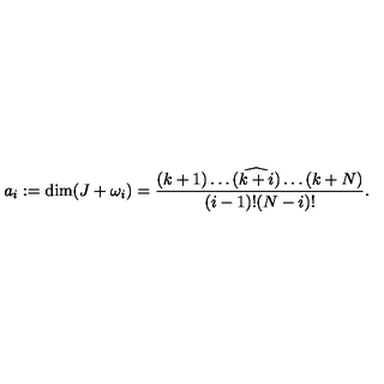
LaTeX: a _ { i } : = \dim ( J + \omega _ { i } ) = \frac { ( k + 1 ) \dots ( \widehat { k + i } ) \dots ( k + N ) } { ( i - 1 ) ! ( N - i ) ! } .